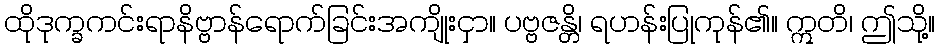
ထိုဒုက္ခကင်းရာနိဗ္ဗာန်ရောက်ခြင်းအကျိုးငှာ။ ပဗ္ဗဇန္တိ၊ ရဟန်းပြုကုန်၏။ ဣတိ၊ ဤသို့။